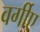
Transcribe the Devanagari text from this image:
वर्गीए